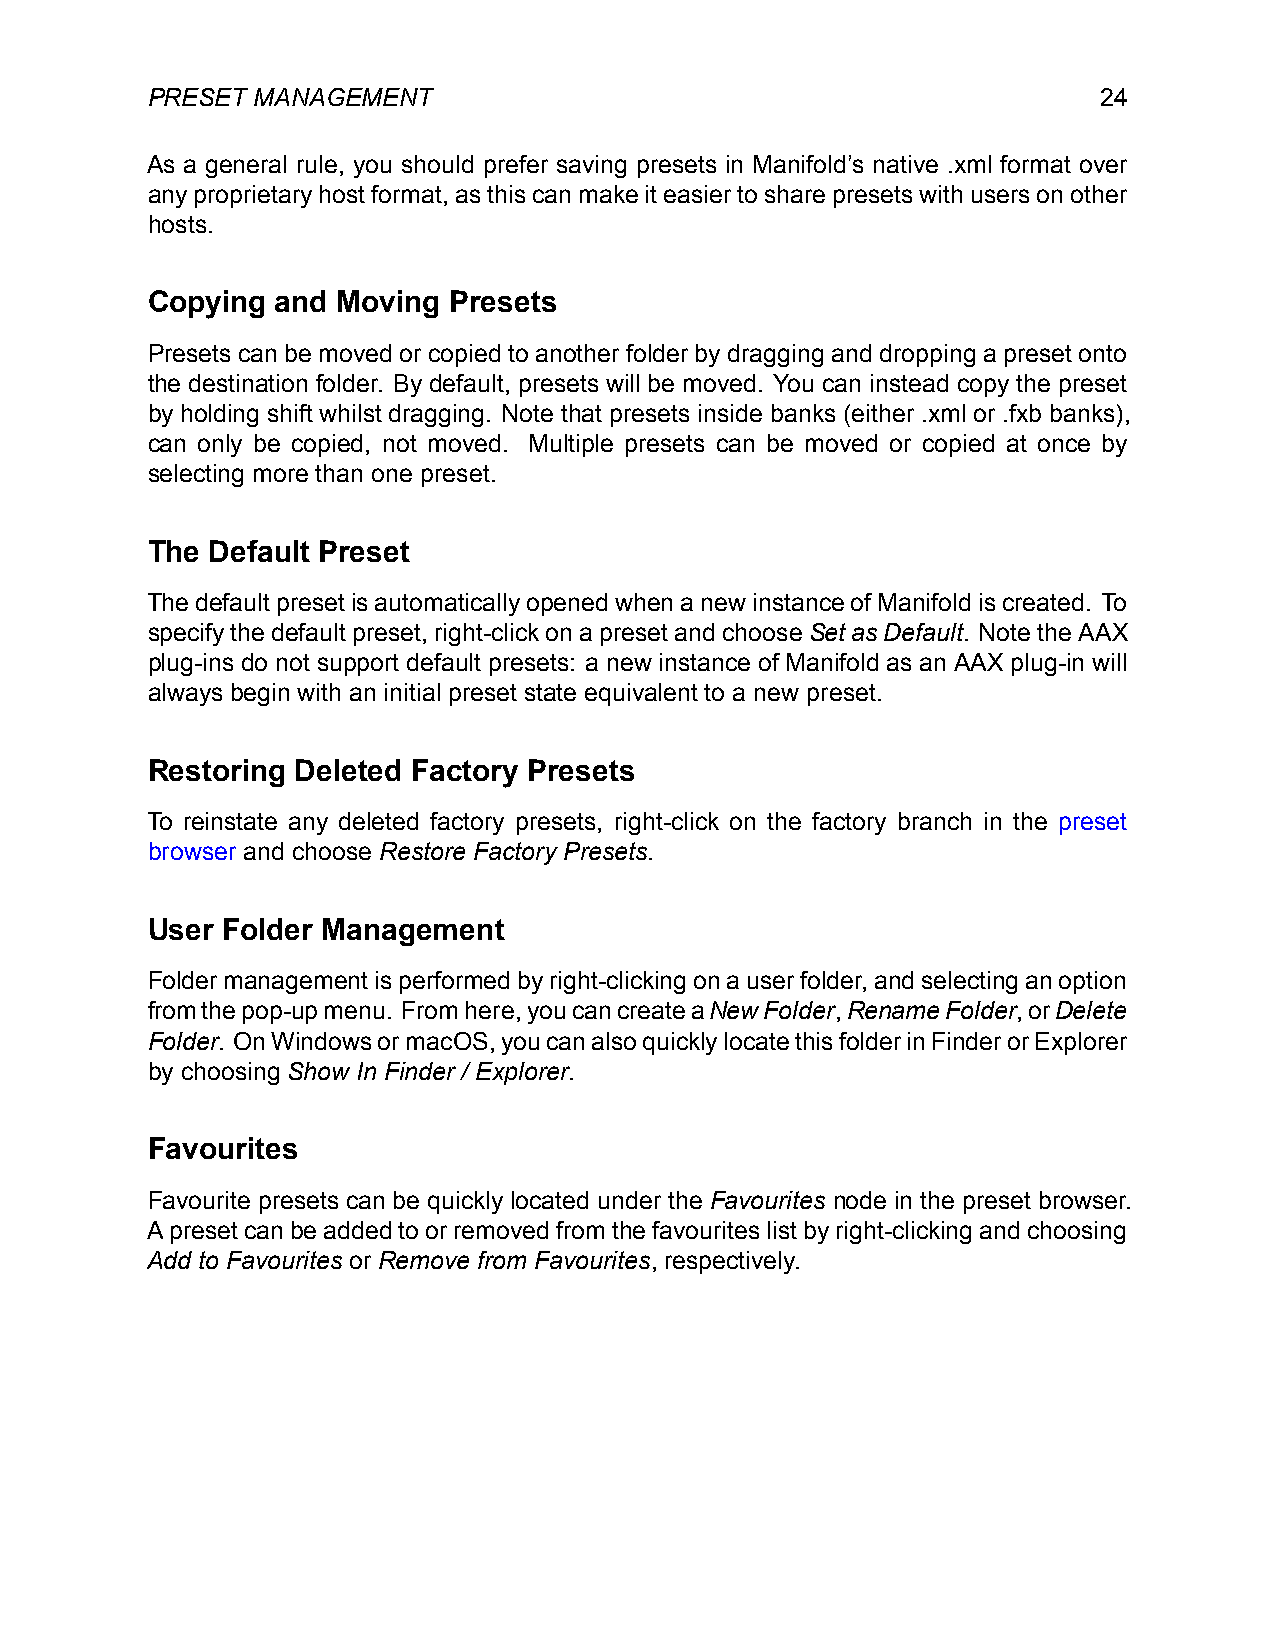
PRESET MANAGEMENT                                              24
 As a general rule, you should prefer saving presets in Manifold’s native .xml format over
 anyproprietaryhostformat,asthiscanmakeiteasiertosharepresetswithusersonother
 hosts.
 Copying and Moving  Presets
 Presets can be moved or copied to another folder by dragging and dropping a preset onto
 the destination folder. By default, presets will be moved. You can instead copy the preset
 by holding shift whilst dragging. Note that presets inside banks (either .xml or .fxb banks),
 can only be copied, not moved. Multiple presets can be moved or copied at once by
 selecting more than one preset.
 The Default Preset
 ThedefaultpresetisautomaticallyopenedwhenanewinstanceofManifoldiscreated. To
 specifythedefaultpreset,right-clickonapresetandchooseSetasDefault. NotetheAAX
 plug-ins do not support default presets: a new instance of Manifold as an AAX plug-in will
 always begin with an initial preset state equivalent to a new preset.
 Restoring Deleted Factory Presets
 To reinstate any deleted factory presets, right-click on the factory branch in the preset
 browser and choose Restore Factory Presets.
 User Folder Management
 Foldermanagementisperformedbyright-clickingonauserfolder,andselectinganoption
 fromthepop-upmenu. Fromhere,youcancreateaNewFolder,RenameFolder,orDelete
 Folder. OnWindowsormacOS,youcanalsoquicklylocatethisfolderinFinderorExplorer
 by choosing Show In Finder / Explorer.
 Favourites
 Favourite presets can be quickly located under the Favourites node in the preset browser.
 Apresetcanbeaddedtoorremovedfromthefavouriteslistbyright-clickingandchoosing
 Add to Favourites or Remove from Favourites, respectively.